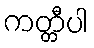
ကတ္တီပါ